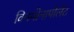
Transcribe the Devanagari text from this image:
विनमोनापोलेट